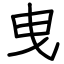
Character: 曳